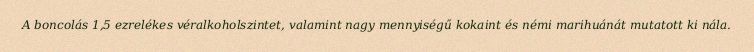
A boncolás 1,5 ezrelékes véralkoholszintet, valamint nagy mennyiségű kokaint és némi marihuánát mutatott ki nála.